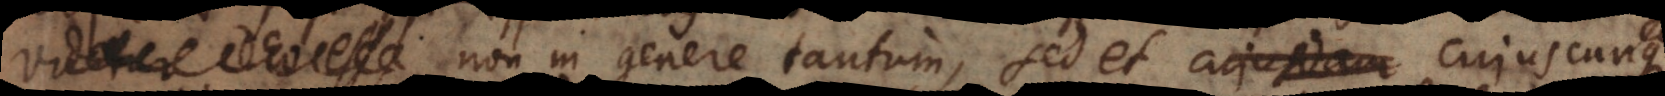
videtur Deo esse non in genere tantum, sed et cujuscunque